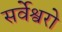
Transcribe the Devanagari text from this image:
सर्वेश्वरो